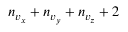
n _ { v _ { x } } + n _ { v _ { y } } + n _ { v _ { z } } + 2